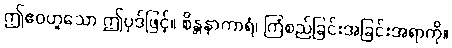
ဤဧဝဟူသော ဤပုဒ်ဖြင့်။ စိန္တနာကာရံ၊ ကြံစည်ခြင်းအခြင်းအရာကို။